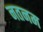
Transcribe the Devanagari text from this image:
नतनम